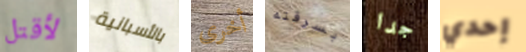
لأقتل بالأسبانية أخرى بسرقته جدا إحدي